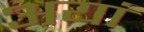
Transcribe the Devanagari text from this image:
अयां